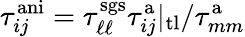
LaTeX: \tau_{ij}^{\mathrm{ani}}=\tau_{\ell\ell}^{\mathrm{sgs}}\tau_{ij}^{\mathrm{a}}|_{\mathrm{tl}}/\tau_{mm}^{\mathrm{a}}